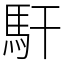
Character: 馯